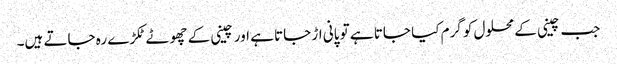
جب چینی کے محلول کو گرم کیا جاتا ہے تو پانی اڑ جاتا ہے اور چینی کے چھوٹے ٹکڑے رہ جاتے ہیں۔